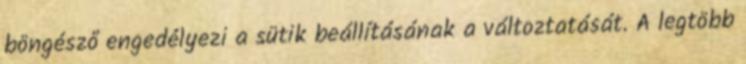
böngésző engedélyezi a sütik beállításának a változtatását. A legtöbb